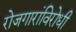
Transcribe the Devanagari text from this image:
रोजगारांविरोधी